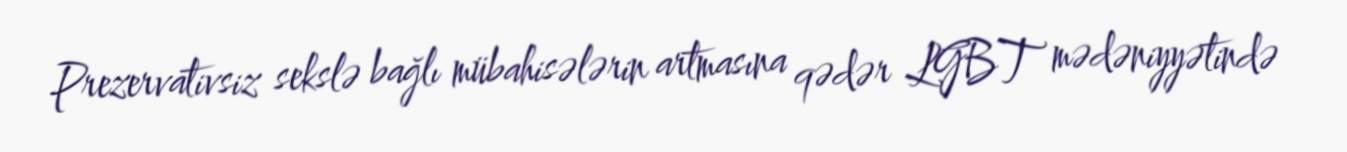
Prezervativsiz sekslə bağlı mübahisələrin artmasına qədər LGBT mədəniyyətində